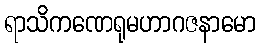
ရာသိကဏေရုမဟာဂဇနာမော